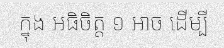
ក្នុង អធិចិត្ត ១ អាច ដើម្បី